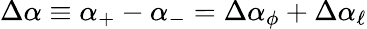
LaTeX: \Delta\alpha\equiv\alpha_{+}-\alpha_{-}=\Delta\alpha_{\phi}+\Delta\alpha_{\ell}